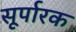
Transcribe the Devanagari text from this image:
सूर्पारक